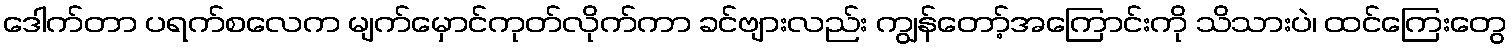
ဒေါက်တာ ပရက်စလေက မျက်မှောင်ကုတ်လိုက်ကာ ခင်ဗျားလည်း ကျွန်တော့်အကြောင်းကို သိသားပဲ၊ ထင်ကြေးတွေ